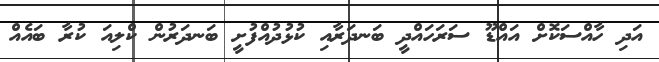
އަދި ހާއްސަކޮށް އައްޑޫ ސަރަހައްދީ ބަނދަރާއި ކުޅުދުއްފުށީ ބަނދަރުން ކްލިއަ ކުރާ ބައެއް